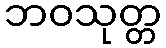
ဘဝသုတ္တ